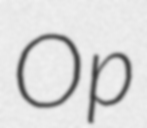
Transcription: Op